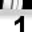
Digit: 1